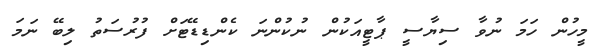
މީހުން ހަމަ ނުވާ ސިޔާސީ ޕާޓީއަކުން ނުކުންނަ ކެންޑިޑޭޓަށް ފުރުސަތު ލިބޭ ނަމަ